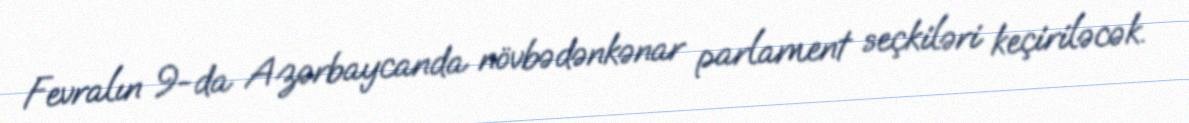
Fevralın 9-da Azərbaycanda növbədənkənar parlament seçkiləri keçiriləcək.